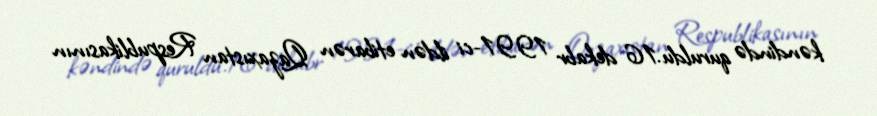
kəndində quruldu.16 dekabr 1991-ci ildən etibarən Qazaxıstan Respublikasının